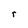
Character: r